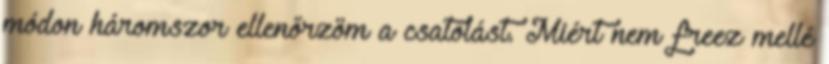
módon háromszor ellenőrzöm a csatolást. Miért nem freez mellé